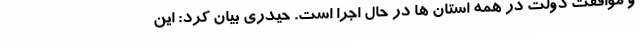
و موافقت دولت در همه استان ها در حال اجرا است. حیدری بیان کرد: این